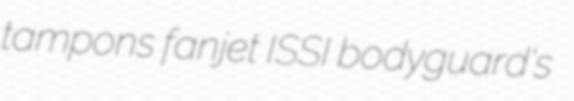
tampons fanjet ISSI bodyguard's